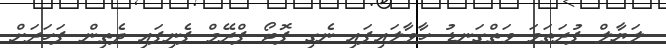
ލަޔާލް ފުރަތަމަ ވަތްގަނޑު ހާވާލައިފައި ނެގި ފޮޓޯ ފްރޭމް ފެނިފައި ދެތިން ފަހަރަށް